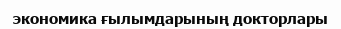
экономика ғылымдарының докторлары